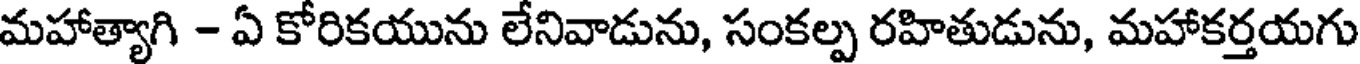
మహాత్యాగి - ఏ కోరికయును లేనివాడును, సంకల్ప రహితుడును, మహాకర్తయగు